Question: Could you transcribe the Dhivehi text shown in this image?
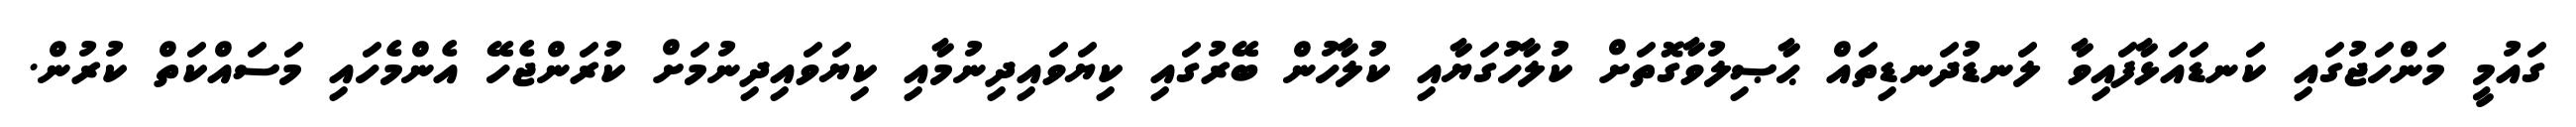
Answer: ގައުމީ މަންހަޖުގައި ކަނޑައަޅާފައިވާ ލަނޑުދަނޑިތައް ޙާޞިލުވާގޮތަށް ކުލާހުގަޔާއި ކުލާހުން ބޭރުގައި ކިޔަވައިދިނުމާއި ކިޔަވައިދިނުމަށް ކުރަންޖެހޭ އެންމެހައި މަސައްކަތް ކުރުން.